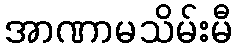
အာဏာမသိမ်းမီ